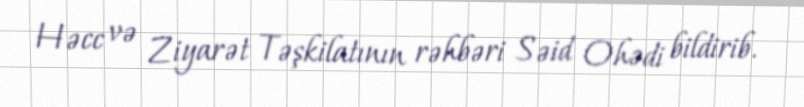
Həcc və Ziyarət Təşkilatının rəhbəri Səid Ohədi bildirib.